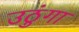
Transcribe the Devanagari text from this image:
उठुंगा